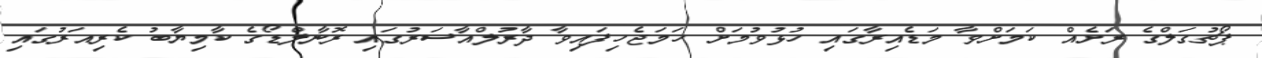
ޕޯޗުގަލްގެ ރަށެއް ކަމަށްވާ މަޑެއިރާގައި ހުޅުވުމަށް ހަމަޖެހިފައިވާ ދާރުލްއާސަރުގައި ރޮނާލްޑޯގެ ކާމިޔާބު ކެރިއަރުގައި